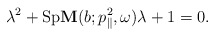
\begin{align*}\lambda^2 + {\rm Sp} \mathbf{M}(b; p_{\parallel}^2, \omega) \lambda + 1 = 0.\end{align*}